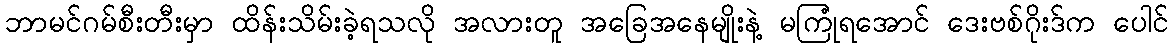
ဘာမင်ဂမ်စီးတီးမှာ ထိန်းသိမ်းခဲ့ရသလို အလားတူ အခြေအနေမျိုးနဲ့ မကြုံရအောင် ဒေးဗစ်ဂိုးဒ်က ပေါင်